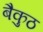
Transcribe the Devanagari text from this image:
बैकुठ